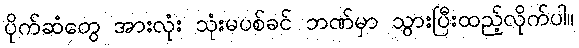
ပိုက်ဆံတွေ အားလုံး သုံးမပစ်ခင် ဘဏ်မှာ သွားပြီးထည့်လိုက်ပါ။